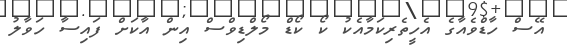
އޭސް ހާޑްވެއާގެ އެހީތެރިކަމާއެކު ކޯ ކޯޑް މޯލްޑިވްސް އިން އާކަށް ފައިސާ ހަވާލު